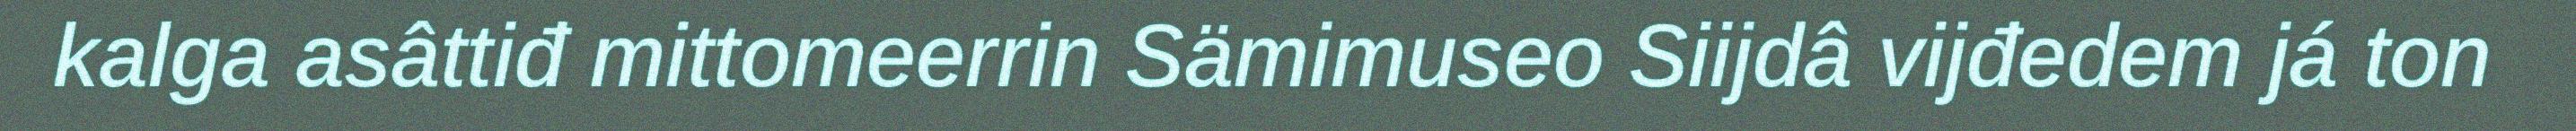
kalga asâttiđ mittomeerrin Sämimuseo Siijdâ vijđedem já ton